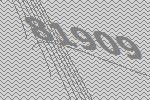
81909